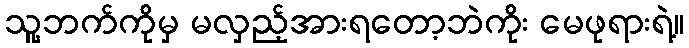
သူ့ဘက်ကိုမှ မလှည့်အားရတော့ဘဲကိုး မေဖုရားရဲ့။